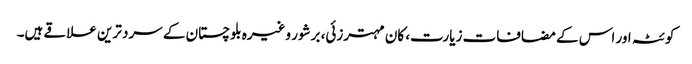
کوئٹہ اور اس کے مضافات زیارت، کان مہترزئی، برشور وغیرہ بلوچستان کے سرد ترین علاقے ہیں۔